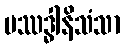
ပဿဒ္ဓါနိသံသာ